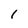
Character: l